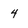
Character: 4